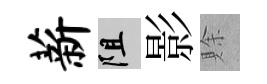
薪阻影賖